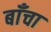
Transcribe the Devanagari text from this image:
बाँचा